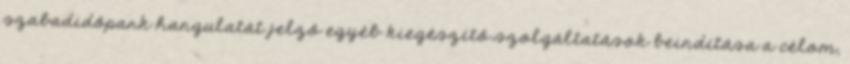
szabadidőpark hangulatát jelző egyéb kiegészítő szolgáltatások beindítása a célom,